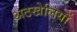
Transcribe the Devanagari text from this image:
अठखेलियों